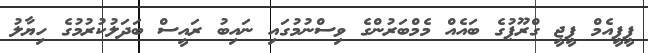
ޕީޕީއެމް ޕީޖީ ގްރޫޕުގެ ބައެއް މެމްބަރުންގެ ވިސްނުމުގައި ނައިބު ރައީސް ބަދަލުކުރުމުގެ ހިޔާލު